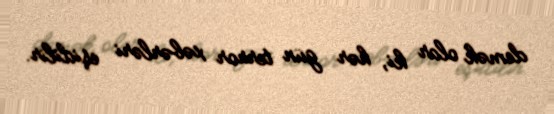
demək olar ki, hər gün terror xəbərləri eşidilir.